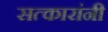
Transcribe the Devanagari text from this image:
सत्कारांनी